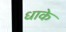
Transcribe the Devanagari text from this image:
धाके